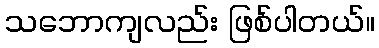
သဘောကျလည်း ဖြစ်ပါတယ်။